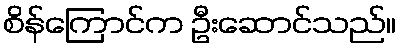
စိန်ကြောင်က ဦးဆောင်သည်။